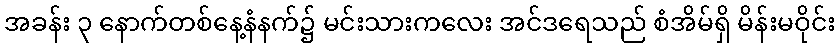
အခန်း ၃ နောက်တစ်နေ့နံနက်၌ မင်းသားကလေး အင်ဒရေသည် စံအိမ်ရှိ မိန်းမဝိုင်း